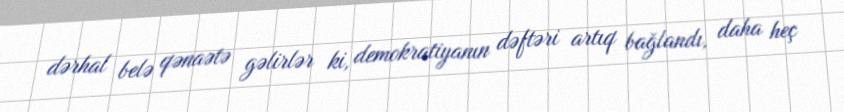
dərhal belə qənaətə gəlirlər ki, demokratiyanın dəftəri artıq bağlandı, daha heç